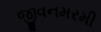
જીવનમરમી